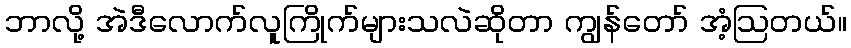
ဘာလို့ အဲဒီလောက်လူကြိုက်များသလဲဆိုတာ ကျွန်တော် အံ့ဩတယ်။